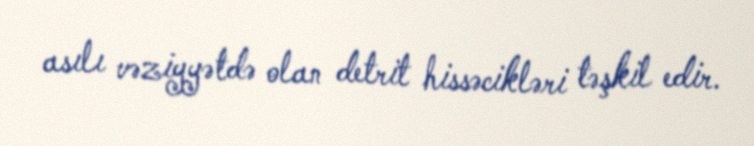
asılı vəziyyətdə olan detrit hissəcikləri təşkil edir.